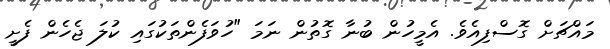
މައްޗަށް ގޮސްފިއެވެ. އެމީހުން ބުނާ ގޮތުން ނަމަ "ހުވަފެންތަކުގައި ކުލަ ޖެހެން ފެށީ